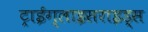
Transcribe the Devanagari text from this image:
ट्राईग्लाइसराइड्स